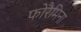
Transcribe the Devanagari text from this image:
फोरैमिना